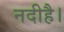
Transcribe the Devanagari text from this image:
नदीहै।